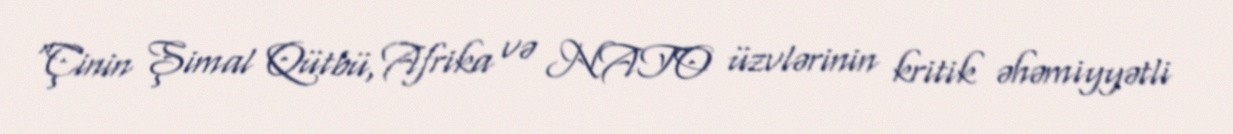
“Çinin Şimal Qütbü, Afrika və NATO üzvlərinin kritik əhəmiyyətli